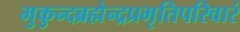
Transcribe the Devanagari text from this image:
मुकुन्दब्रह्मेन्द्रप्रभृतिपरिवारं